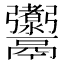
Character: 𩱰